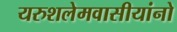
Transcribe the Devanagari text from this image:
यरुशलेमवासीयांनो